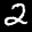
Label: 2